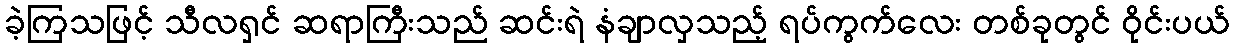
ခဲ့ကြသဖြင့် သီလရှင် ဆရာကြီးသည် ဆင်းရဲ နံချာလှသည့် ရပ်ကွက်လေး တစ်ခုတွင် ဝိုင်းပယ်